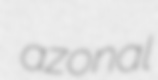
azonal